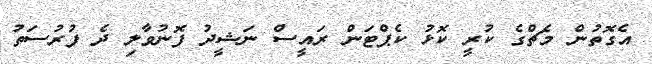
އެގޮތުން މެޗްގެ ކުރީ ކޮޅު ކެޕްޓަން ރައީސް ނަޝީދު ފޮނުވާލި ދެ ފުރުސަތު